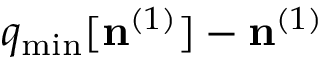
q _ { \mathrm { m i n } } [ { \bf n } ^ { ( 1 ) } ] - { \bf n } ^ { ( 1 ) }